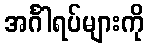
အင်္ဂါရပ်များကို